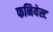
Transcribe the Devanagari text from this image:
फनियेस्ट